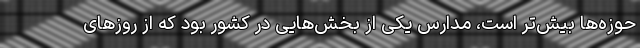
حوزه‌ها بیش‌تر است، مدارس یکی از بخش‌هایی در کشور بود که از روزهای